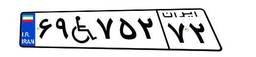
۶۹W۷۵۲۷۲